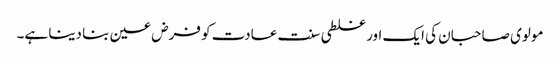
مولوی صاحبان کی ایک اور غلطی سنت عادت کو فرض عین بنا دینا ہے۔